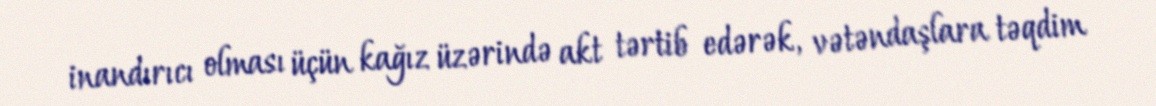
inandırıcı olması üçün kağız üzərində akt tərtib edərək, vətəndaşlara təqdim